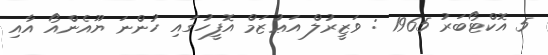
5 އޮކްޓޯބަރު 1965 : ވަޒީރުލް އަޢުޒަމް އޮފީހުގައި ހުންނަ ޔޫއެންއޯ އާއި